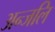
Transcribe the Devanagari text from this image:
अन्जलि